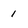
Character: 1